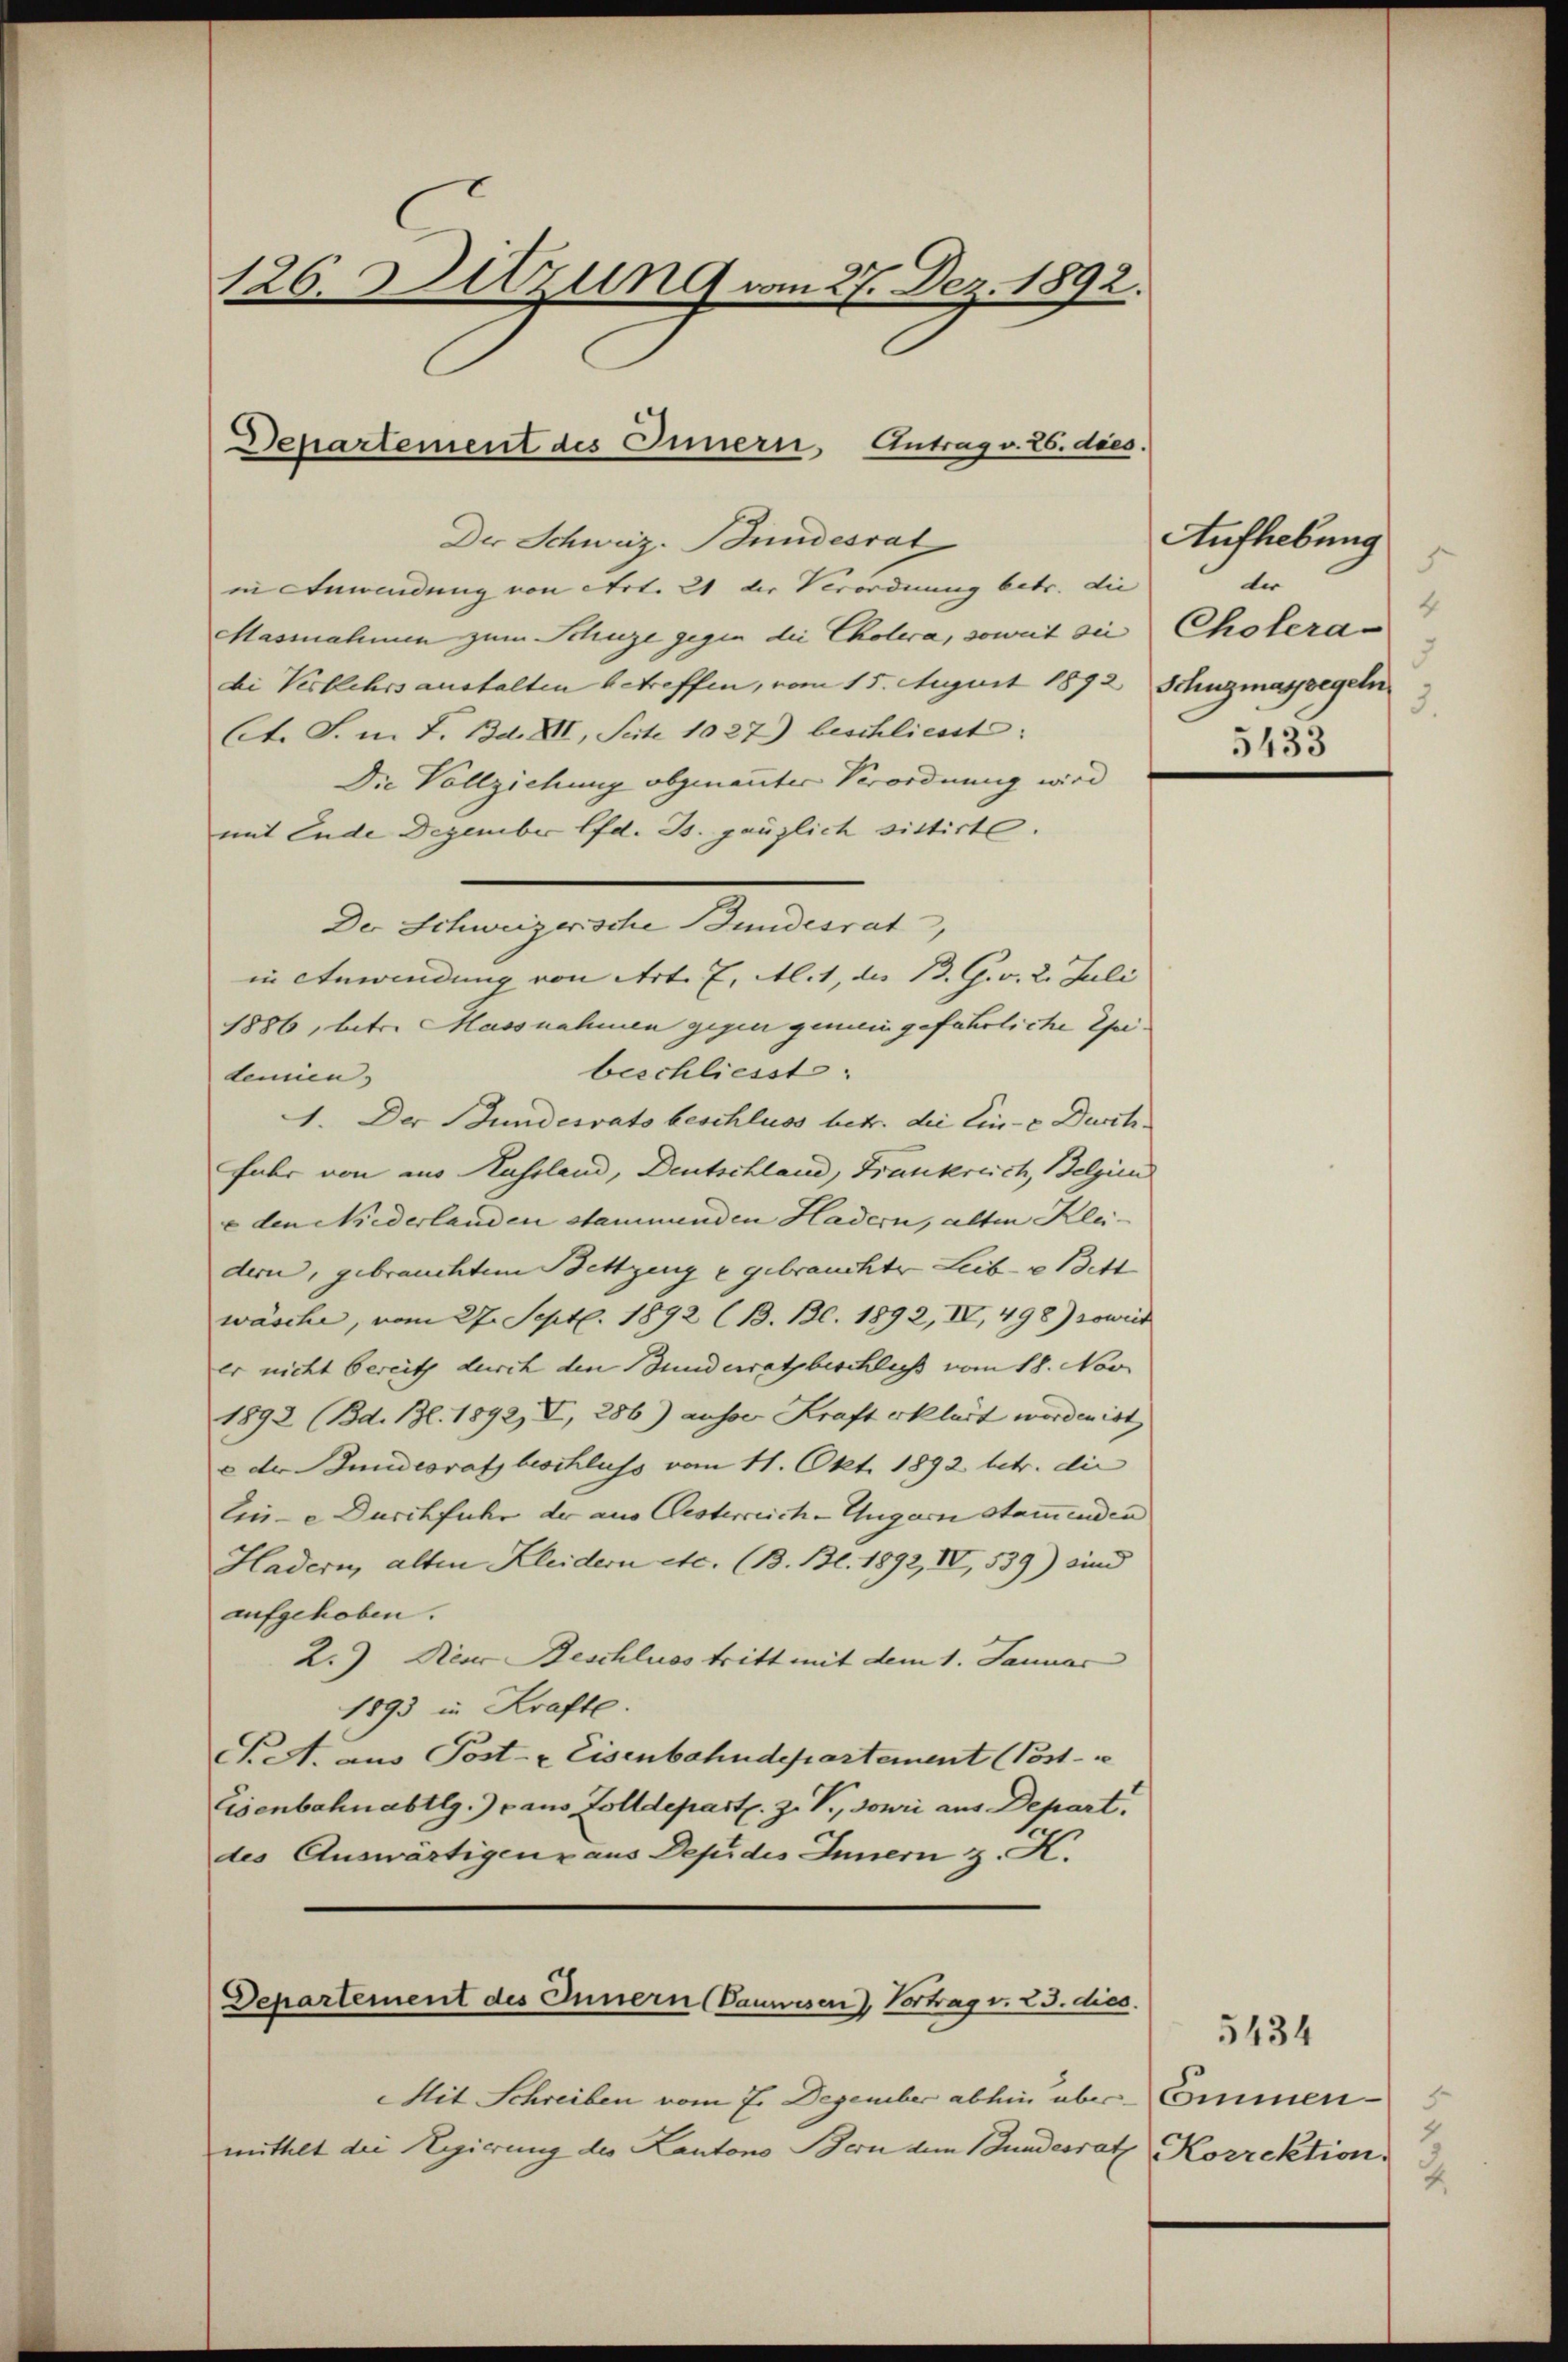
126. Sitzung vom 27. Dez. 1892.

Departement des Innern Antrag v. 26. dies.

Aufhebung
s
ter
4
5
3.
5435

Der Schweiz. Bundesrat
in Anwendung von Art. 21 der Verordnung betr. die
Massnahmen zum Schuze gegen die Cholera, soweit die Cholerabi Verkehrs aushalten betreffen, vom 15. Auguit 1892 Schugmassegeln
Ct. S. m. F. Bd. XII, Seite 1027) beschliesst:
Die Vollziehung obgenannter Verordnung wird
mit Ende Dezember lfd. Js. gänzlich sittirte.
Der Schweizerische Bundesrat
in Anwendung von Art. 7, Alit, die B. G. v. 2. Juli
1886, betr. Massnahmen gegen gemein gefährliche Epibeschliesst:
demien
1. Der Bundesrats beschluss betr. die Ein- & Durch
fahr von aus Russland, Deutschland, Frankreich, Belgien
e den Niederlanden stammenden Hadern, alten Kleidern, gebrauchtem Bettzeug e gebrauchte Leib- u Be
wäsche, vom 27. Sept. 1892 (B. Bl. 1892, IV, 498) soweit
Er nicht bereits durch den Bundesrath beschluss vom 18. Nov.
1892 (Bd. Bl. 1892, I, 286) ausser Kraft erklärt worden ist
e der Bundesrath beschluss vom 11. Okt. 1892 betr. die
Eine Durchfuhr der aus Oesterreich-Ungarn Stammenden
Hadern, alten Kleidern etc. (B. Bl. 1892, IV, 539) sind
aufgehoben.
2.) Neue Beschluss tritt mit dem 1. Januar
1893 in Krafte.
S. A. aus Post- & Eisenbahndepartement (Post- u
Eisenbahnabtlg.) aus Zolldeparts. z. B., dowri aus Depart.
des Auswärtigenz aus Depides Innern z. K.
Departement des Innern (Vanwesen) Vortrag v. 23. dies
Mit Schreiben vom 7. Dezember abhin über-Emmen-
mittelt die Regierung des Kantons Bern dem Bundesrath Korrektion.

2

5434